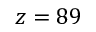
z = 8 9